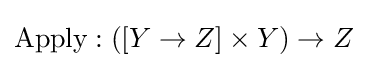
{\mbox{Apply}}:([Y\to Z]\times Y)\to Z